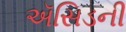
ઍસિડની